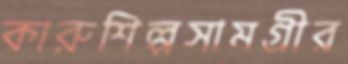
কারুশিল্পসামগ্রীর